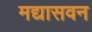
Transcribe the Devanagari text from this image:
मद्यासवन